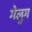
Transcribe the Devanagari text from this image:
गेलुग